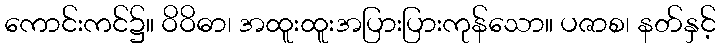
ကောင်းကင်၌။ ဝိဝိဓာ၊ အထူးထူးအပြားပြားကုန်သော။ ပဇာစ၊ နတ်နှင့်